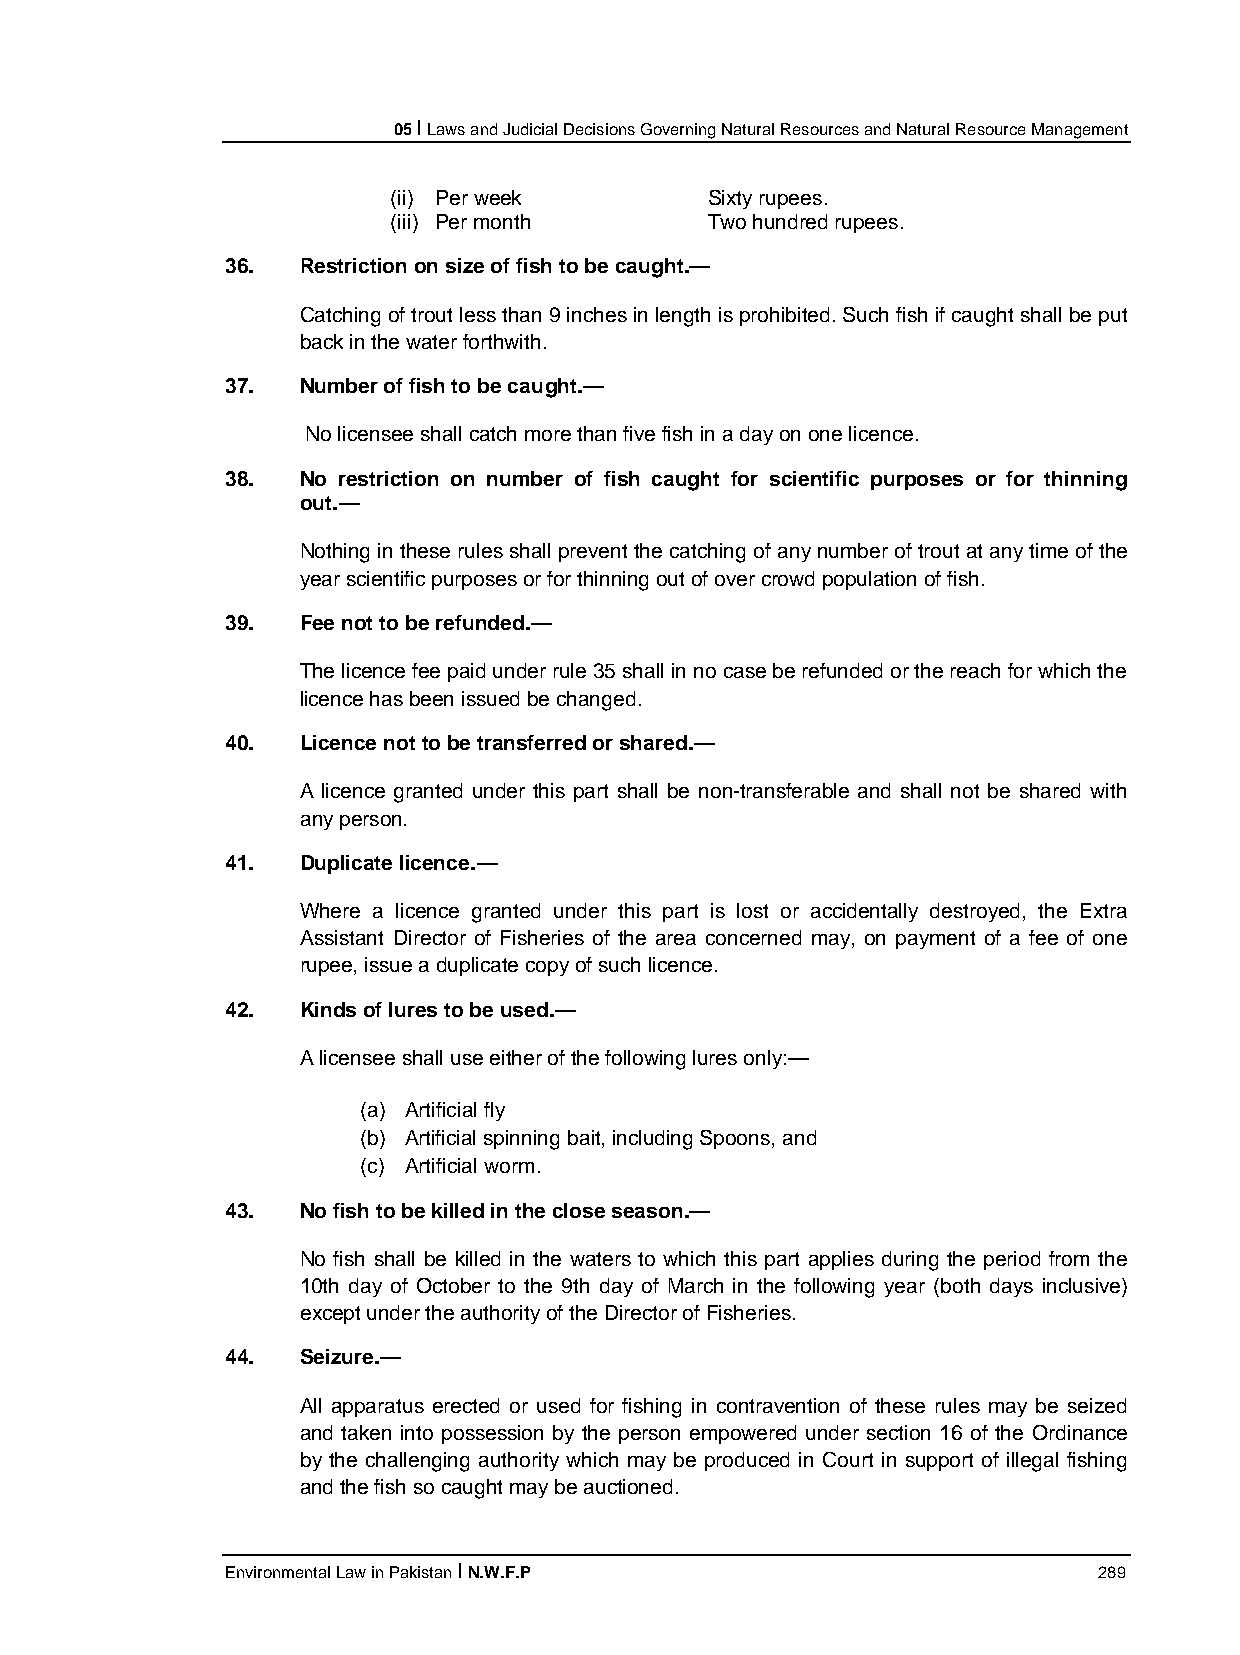
05 I Laws and Judicial Decisions Governing Natural Resources and Natural Resource Management
 (ii) Per week        Sixty rupees.
 (iii) Per month      Two hundred rupees.
 36.  Restriction on size of fish to be caught.—
 Catching of trout less than 9 inches in length is prohibited. Such fish if caught shall be put
 back in the water forthwith.
 37.  Number of fish to be caught.—
 No licensee shall catch more than five fish in a day on one licence.
 38.  No restriction on number of fish caught for scientific purposes or for thinning
 out.—
 Nothing in these rules shall prevent the catching of any number of trout at any time of the
 year scientific purposes or for thinning out of over crowd population of fish.
 39.  Fee not to be refunded.—
 The licence fee paid under rule 35 shall in no case be refunded or the reach for which the
 licence has been issued be changed.
 40.  Licence not to be transferred or shared.—
 A licence granted under this part shall be non-transferable and shall not be shared with
 any person.
 41.  Duplicate licence.—
 Where a licence granted under this part is lost or accidentally destroyed, the Extra
 Assistant Director of Fisheries of the area concerned may, on payment of a fee of one
 rupee, issue a duplicate copy of such licence.
 42.  Kinds of lures to be used.—
 A licensee shall use either of the following lures only:—
 (a) Artificial fly
 (b) Artificial spinning bait, including Spoons, and
 (c) Artificial worm.
 43.  No fish to be killed in the close season.—
 No fish shall be killed in the waters to which this part applies during the period from the
 10th day of October to the 9th day of March in the following year (both days inclusive)
 except under the authority of the Director of Fisheries.
 44.  Seizure.—
 All apparatus erected or used for fishing in contravention of these rules may be seized
 and taken into possession by the person empowered under section 16 of the Ordinance
 by the challenging authority which may be produced in Court in support of illegal fishing
 and the fish so caught may be auctioned.
 Environmental Law in Pakistan I N.W.F.P                   289